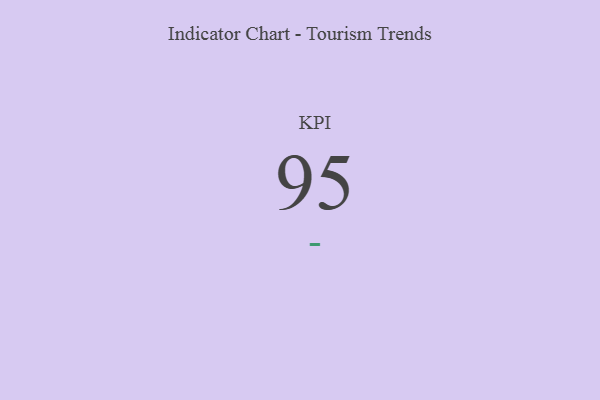
{"axis": {"x": "KPI", "y": "Value"}, "legend": [""], "data": [{"x": "KPI", "y": 95, "type": ""}]}